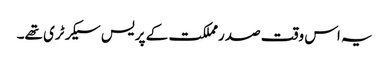
یہ اس وقت صدرمملکت کے پریس سیکرٹری تھے۔